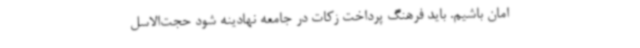
امان باشیم. باید فرهنگ پرداخت زکات در جامعه نهادینه شود حجت‌الاسل